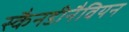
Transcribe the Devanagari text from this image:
स्कैनडीनैवियन